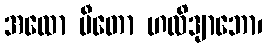
အထော ပီတော ဟလိဒျာဘော၊